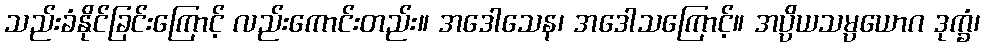
သည်းခံနိုင်ခြင်းကြောင့် လည်းကောင်းတည်း။ အဒေါသေန၊ အဒေါသကြောင့်။ အပ္ပိယသမ္ပယောဂ ဒုက္ခံ၊